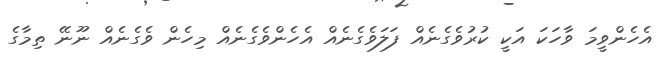
އެހެންވީމަ ވާހަކަ އަކީ ކުރުވެގެނެއް ފަލަވެގެނެއް އެހެންވެގެނެއް މިހެން ވެގެނެއް ނޫނޭ ތިމާގެ